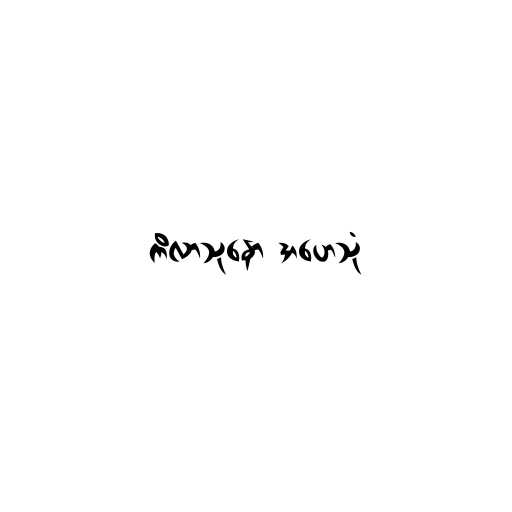
ကိလာသုနော အဟေသုံ